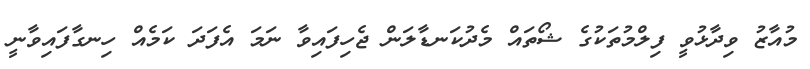
މުއާޒު ވިދާޅުވީ ފިލްމުތަކުގެ ޝޯތައް މެދުކަނޑާލަން ޖެހިފައިވާ ނަމަ އެފަދަ ކަމެއް ހިނގާފައިވާނީ